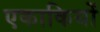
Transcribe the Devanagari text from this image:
एकाकियों